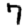
Digit: 7